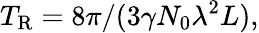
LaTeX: T_{\mathrm{R}}=8\pi/(3\gamma N_{0}\lambda^{2}L),